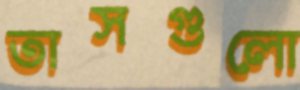
তাসগুলো